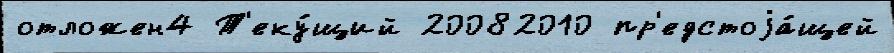
отложен4 Т'еку́щий 20082010 пр'едстоjа́щей